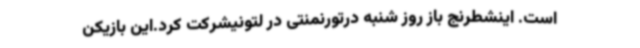
است. اینشطرنج باز روز شنبه درتورنمنتی در لتونیشرکت کرد.این بازیکن